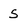
Character: S